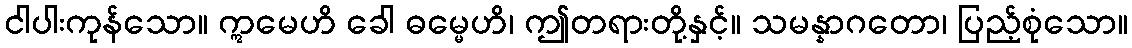
ငါပါးကုန်သော။ ဣမေဟိ ခေါ ဓမ္မေဟိ၊ ဤတရားတို့နှင့်။ သမန္နာဂတော၊ ပြည့်စုံသော။